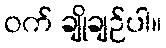
ဝက် ချိုချဉ်ပါ။